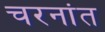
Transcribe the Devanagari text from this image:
चरनांत